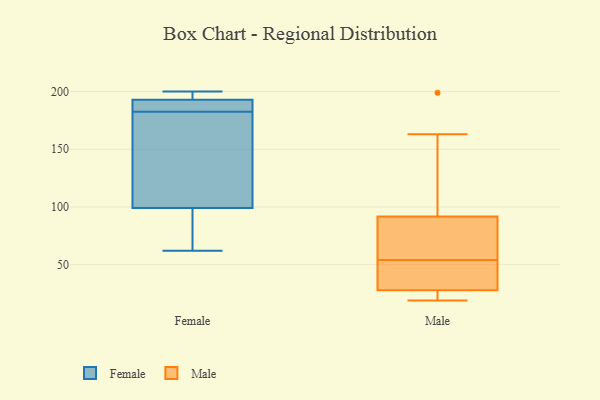
{"axis": {"x": "Market Share (%)", "y": "Value"}, "legend": ["Female", "Male"], "data": [{"x": "", "y": 99, "type": "Female"}, {"x": "", "y": 109, "type": "Female"}, {"x": "", "y": 196, "type": "Female"}, {"x": "", "y": 200, "type": "Female"}, {"x": "", "y": 191, "type": "Female"}, {"x": "", "y": 190, "type": "Female"}, {"x": "", "y": 62, "type": "Female"}, {"x": "", "y": 193, "type": "Female"}, {"x": "", "y": 89, "type": "Female"}, {"x": "", "y": 175, "type": "Female"}, {"x": "", "y": 21, "type": "Male"}, {"x": "", "y": 101, "type": "Male"}, {"x": "", "y": 39, "type": "Male"}, {"x": "", "y": 54, "type": "Male"}, {"x": "", "y": 163, "type": "Male"}, {"x": "", "y": 24, "type": "Male"}, {"x": "", "y": 58, "type": "Male"}, {"x": "", "y": 19, "type": "Male"}, {"x": "", "y": 64, "type": "Male"}, {"x": "", "y": 199, "type": "Male"}, {"x": "", "y": 44, "type": "Male"}]}